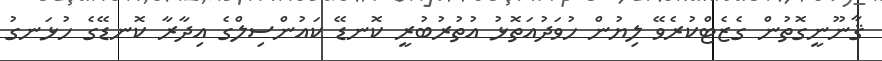
ޤާނޫނީގޮތުން ގެޒެޓްކުރެވޭ ލިޔުން ހުވަދުއަތޮޅު އުތުރުބުރީ ކޮނޑޭ ކައުންސިލްގެ އިދާރާ ކޮނޑޭގެ ހުޅަނގު